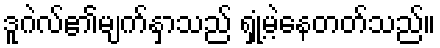
ဒူဂဲလ်၏မျက်နှာသည် ရှုံ့မဲ့နေတတ်သည်။